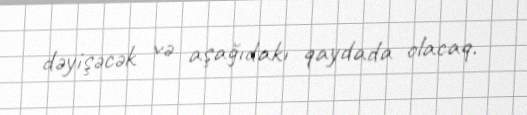
dəyişəcək və aşağıdakı qaydada olacaq.